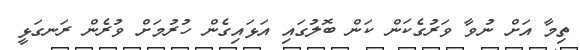
ތިމާ އަށް ނުވާ ވަރުގެކަން ކަން ބޮލުގައި އަޅައިގެން ހުރުމަށް ވުރެން ރަނގަޅީ